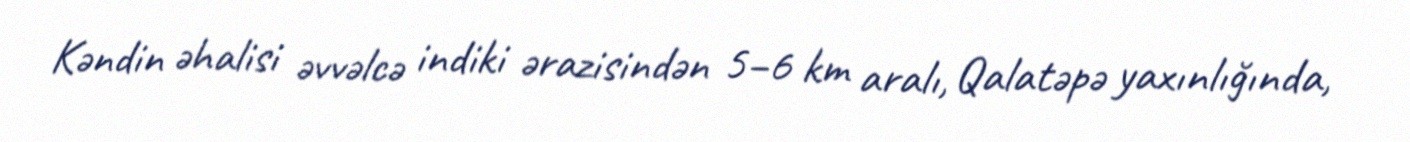
Kəndin əhalisi əvvəlcə indiki ərazisindən 5–6 km aralı, Qalatəpə yaxınlığında,